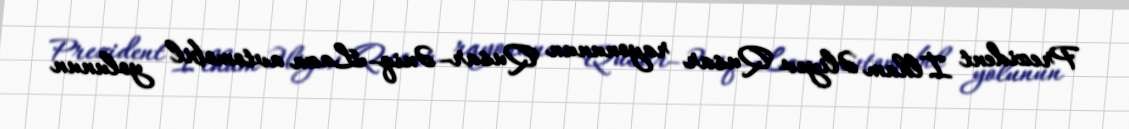
Prezident İlham Əliyev Qusar rayonunun Qusar–Əniq–Laza avtomobil yolunun